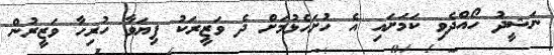
ނަޝީދު ހޯއްދެވި ކަމަށައި އެ ހުށަހެޅުމަށް ދެ ވަޒީރަކު ފިޔަވާ ހުރިހާ ވަޒީރުން